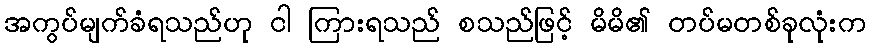
အကွပ်မျက်ခံရသည်ဟု ငါ ကြားရသည် စသည်ဖြင့် မိမိ၏ တပ်မတစ်ခုလုံးက